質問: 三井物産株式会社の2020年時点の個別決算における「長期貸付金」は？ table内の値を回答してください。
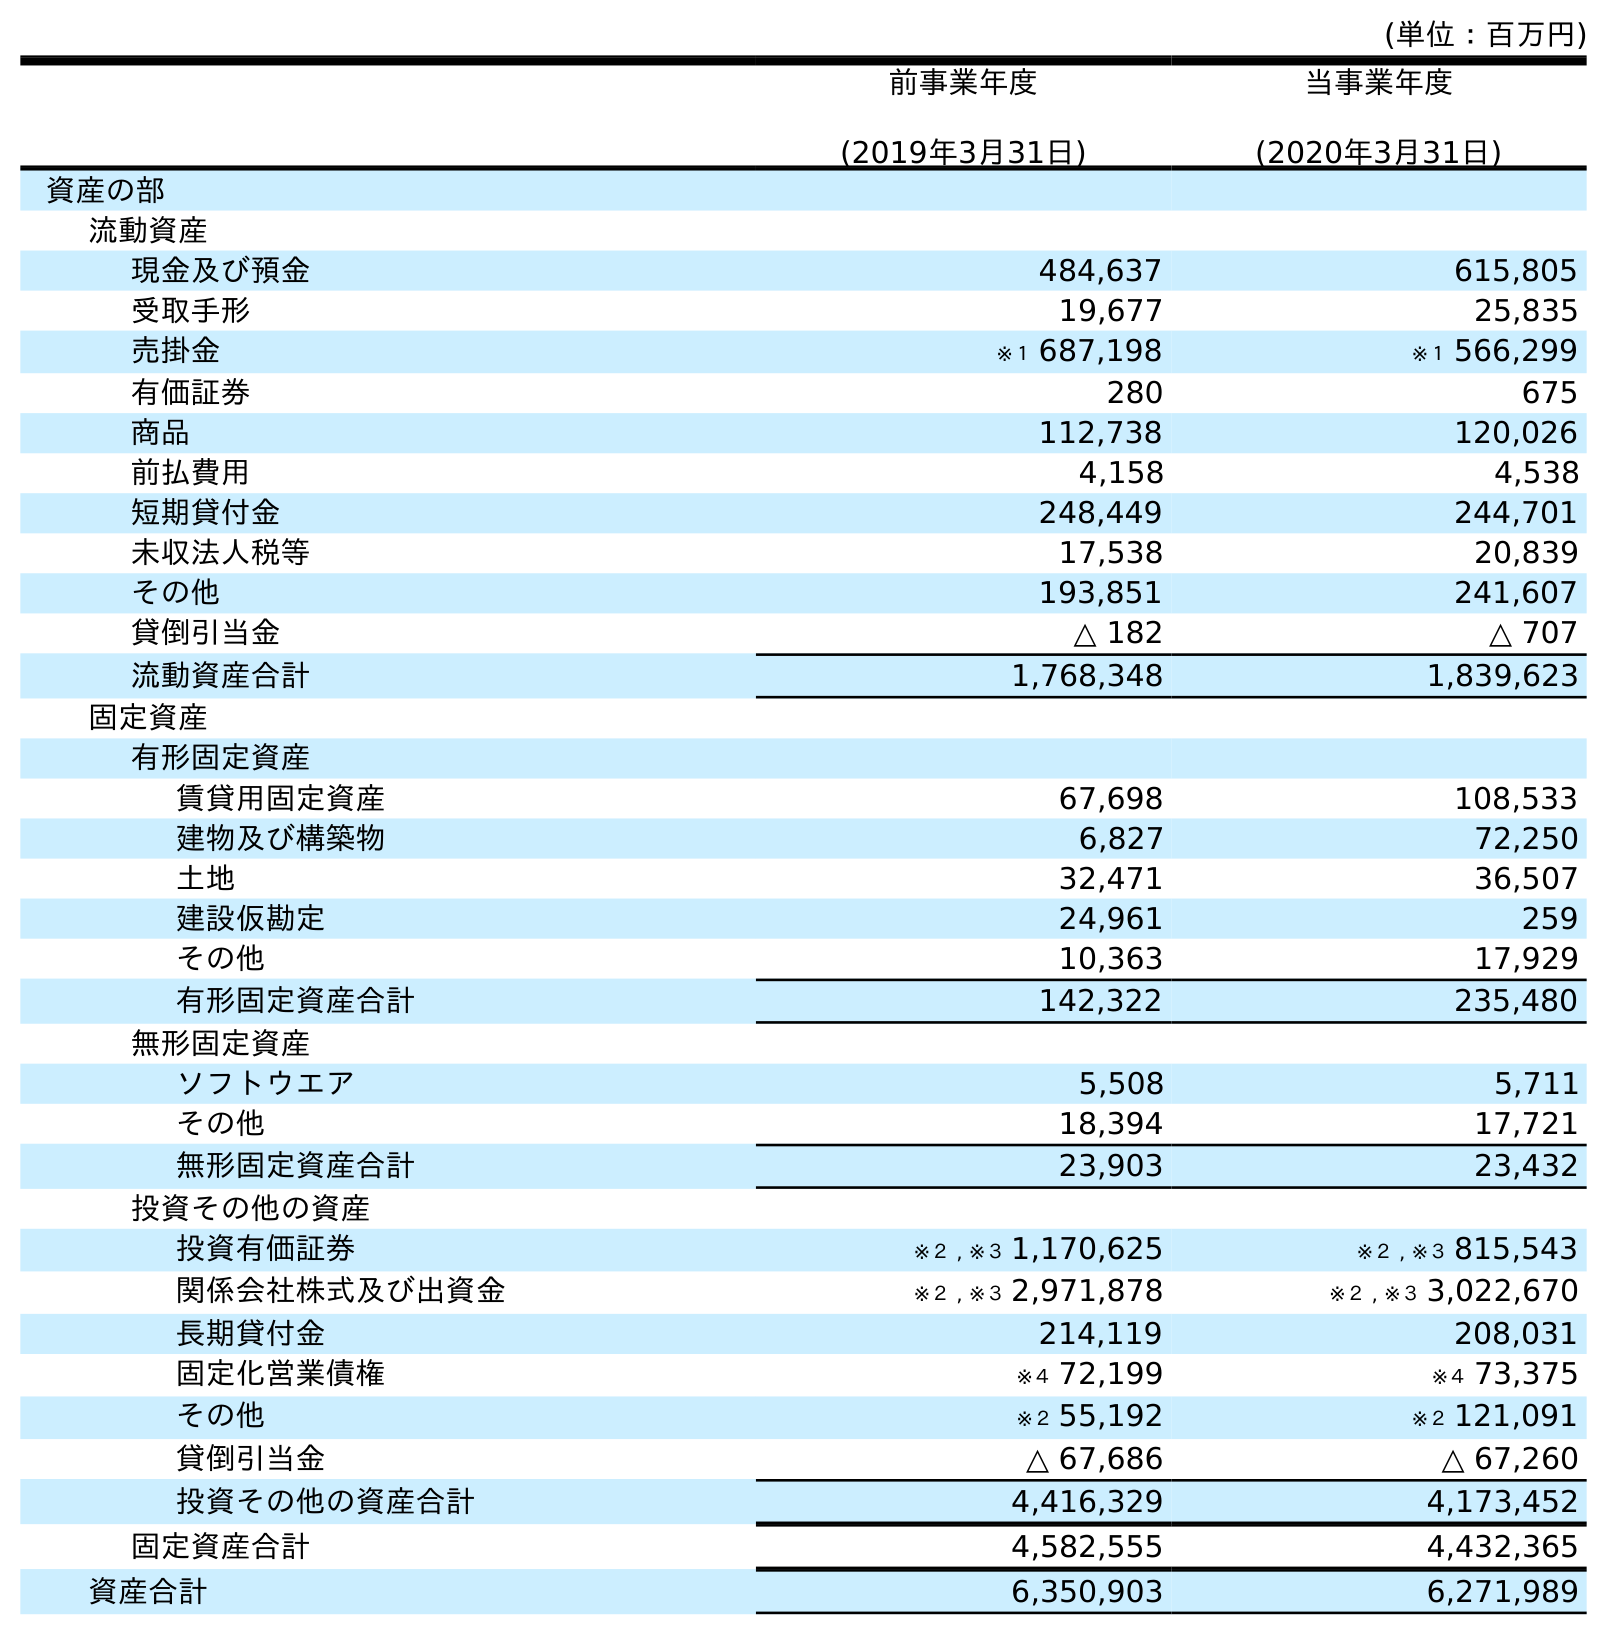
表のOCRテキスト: (単位：百万円) 前事業年度 (2019年3月31日) 当事業年度 (2020年3月31日) 資産の部 流動資産 現金及び預金 484,637 615,805 受取手形 19,677 25,835 売掛金 ※１ 687,198 ※１ 566,299 有価証券 280 675 商品 112,738 120,026 前払費用 4,158 4,538 短期貸付金 248,449 244,701 未収法人税等 17,538 20,839 その他 193,851 241,607 貸倒引当金 △ 182 △ 707 流動資産合計 1,768,348 1,839,623 固定資産 有形固定資産 賃貸用固定資産 67,698 108,533 建物及び構築物 6,827 72,250 土地 32,471 36,507 建設仮勘定 24,961 259 その他 10,363 17,929 有形固定資産合計 142,322 235,480 無形固定資産 ソフトウエア 5,508 5,711 その他 18,394 17,721 無形固定資産合計 23,903 23,432 投資その他の資産 投資有価証券 ※２ , ※３ 1,170,625 ※２ , ※３ 815,543 関係会社株式及び出資金 ※２ , ※３ 2,971,878 ※２ , ※３ 3,022,670 長期貸付金 214,119 208,031 固定化営業債権 ※４ 72,199 ※４ 73,375 その他 ※２ 55,192 ※２ 121,091 貸倒引当金 △ 67,686 △ 67,260 投資その他の資産合計 4,416,329 4,173,452 固定資産合計 4,582,555 4,432,365 資産合計 6,350,903 6,271,989
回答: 208,031